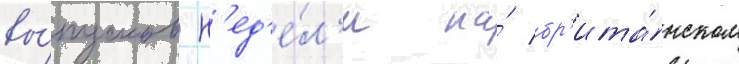
вы́пусков н'ед'е́л'и на́ бр'ита́нском